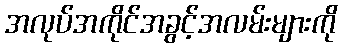
အလုပ်အကိုင်အခွင့်အလမ်းများကို